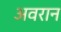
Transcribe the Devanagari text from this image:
अवरान